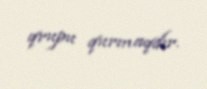
qrupu qurmaqdır.